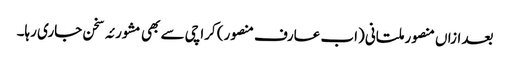
بعد ازاں منصور ملتانی (اب عارف منصور) کراچی سے بھی مشورئہ سخن جاری رہا۔